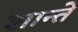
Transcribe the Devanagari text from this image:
शान्ते